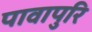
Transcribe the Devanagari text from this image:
पावापुरि